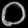
Digit: ၀